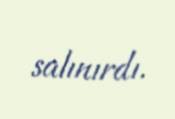
salınırdı.